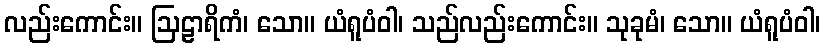
လည်းကောင်း။ ဩဠာရိကံ၊ သော။ ယံရူပံဝါ၊ သည်လည်းကောင်း။ သုခုမံ၊ သော။ ယံရူပံဝါ၊